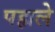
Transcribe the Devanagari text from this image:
पह्मले